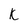
Character: k